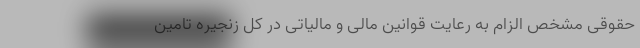
حقوقی مشخص الزام به رعایت قوانین مالی و مالیاتی در کل زنجیره تامین